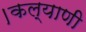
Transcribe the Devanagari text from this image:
।कल्याणी